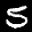
Label: 5